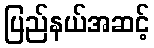
ပြည်နယ်အဆင့်